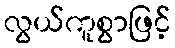
လွယ်ကူစွာဖြင့်